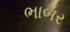
ભાબર